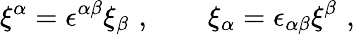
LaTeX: \xi^{\alpha}=\epsilon^{\alpha\beta}\xi_{\beta}\, \, ,\qquad\xi_{\alpha}=\epsilon_{\alpha\beta}\xi^{\beta}\, \, ,